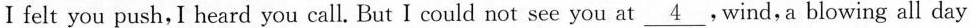
Ⅰ felt you push,I heard you call. But I could not see you at \underline{4},Wind, a blowing all day